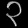
Digit: ၃